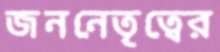
জননেতৃত্বের